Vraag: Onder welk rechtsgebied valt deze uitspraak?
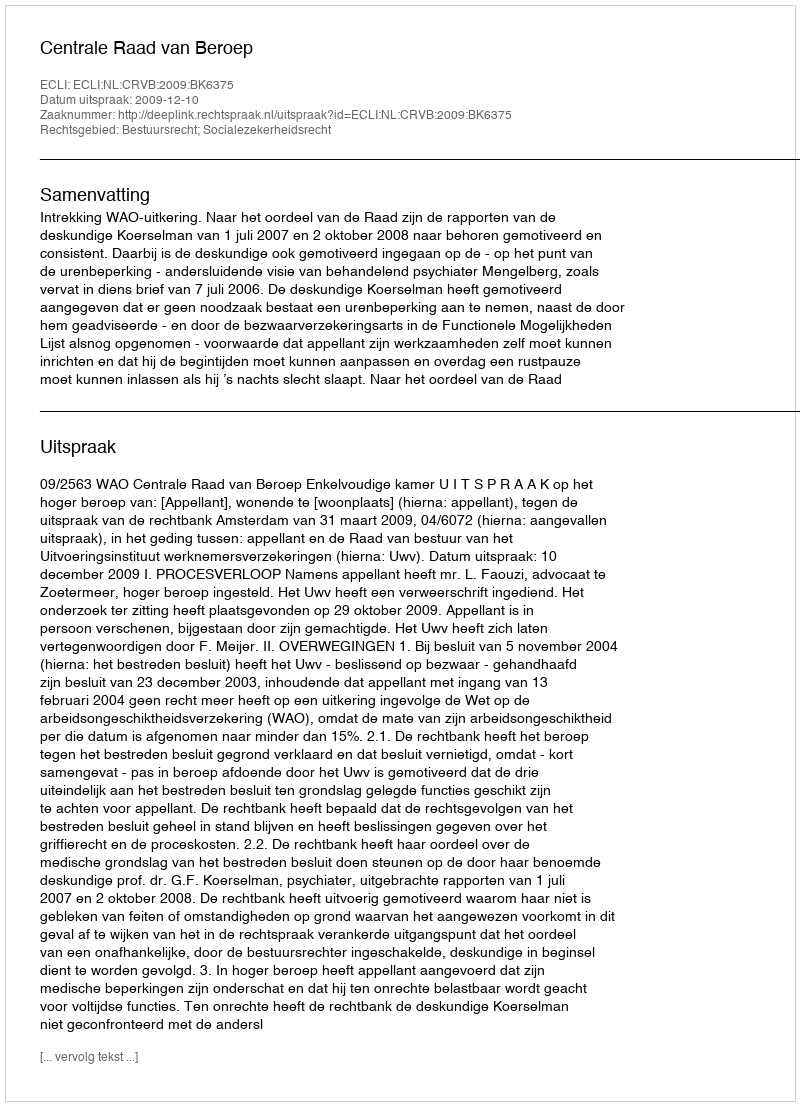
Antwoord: Bestuursrecht; Socialezekerheidsrecht